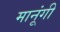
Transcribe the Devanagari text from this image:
मानूंगी